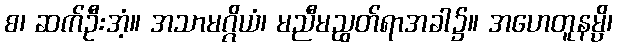
စ၊ ဆက်ဦးအံ့။ အသာမဂ္ဂိယံ၊ မညီမညွတ်ရာအခါ၌။ အဟေတူနမ္ပိ၊